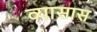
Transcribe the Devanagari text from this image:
व्यासास